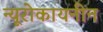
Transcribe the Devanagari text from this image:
न्यूरोकायनीन